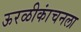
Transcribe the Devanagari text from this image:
ऊरळीकांचनला